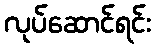
လုပ်ဆောင်ရင်း